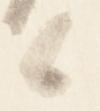
候